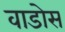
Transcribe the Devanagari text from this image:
वाडोस